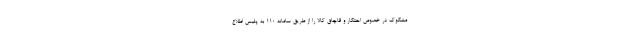
مشکوک در خصوص احتکار و قاچاق کالا را از طریق سامانه ۱۱۰ به پلیس اطلاع